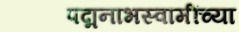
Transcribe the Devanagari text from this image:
पद्मनाभस्वामींच्या